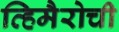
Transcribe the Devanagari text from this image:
व्हिमैरोची